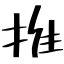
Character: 推